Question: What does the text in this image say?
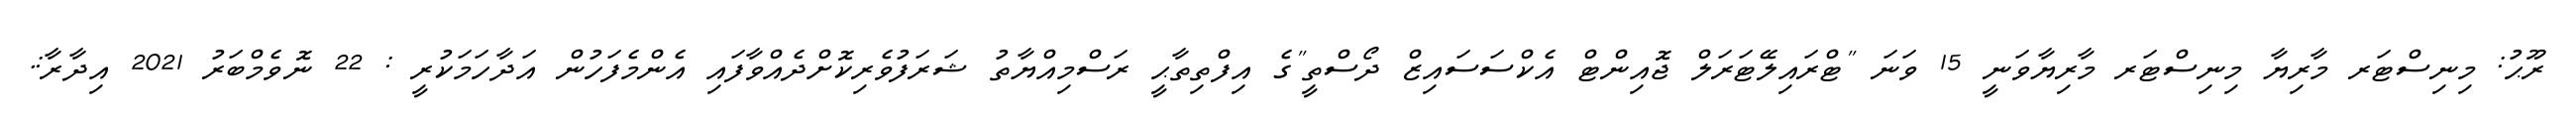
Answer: ރޫޙު: މިނިސްޓަރ މާރިޔާ މިނިސްޓަރ މާރިޔާވަނީ 15 ވަނަ "ޓްރައިލޭޓަރަލް ޖޮއިންޓް އެކްސަސައިޒް ދޯސްތީ"ގެ އިފްތިތާޙީ ރަސްމިއްޔާތު ޝަރަފުވެރިކޮށްދެއްވާފައި އެންމެފަހުން އަދާހަމަކުރީ : 22 ނޮވެމްބަރު 2021 އިދާރާ:.